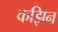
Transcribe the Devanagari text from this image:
कझिन